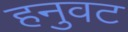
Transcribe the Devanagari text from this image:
हनुवट